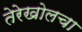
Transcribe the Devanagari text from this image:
तेरेखोलचा